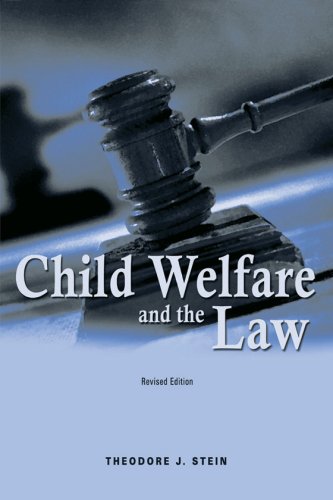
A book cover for Child Welfare and the Law; Theodore J. Stein; Law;